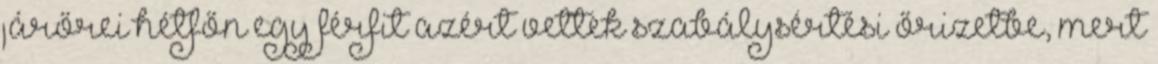
járőrei hétfőn egy férfit azért vettek szabálysértési őrizetbe, mert